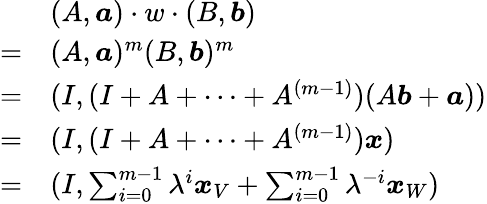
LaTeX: \begin{array}{rl}&{(A,\boldsymbol{a})\cdot w\cdot(B,\boldsymbol{b})}\\ {=}&{(A,\boldsymbol{a})^{m}(B,\boldsymbol{b})^{m}}\\ {=}&{(I,(I+A+\cdots+A^{(m-1)})(A\boldsymbol{b}+\boldsymbol{a}))}\\ {=}&{(I,(I+A+\cdots+A^{(m-1)})\boldsymbol{x})}\\ {=}&{(I,\sum_{i=0}^{m-1}\lambda^{i}\boldsymbol{x}_{V}+\sum_{i=0}^{m-1}\lambda^{-i}\boldsymbol{x}_{W})}\end{array}